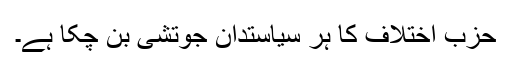
حزب اختلاف کا ہر سیاستدان جوتشی بن چکا ہے۔